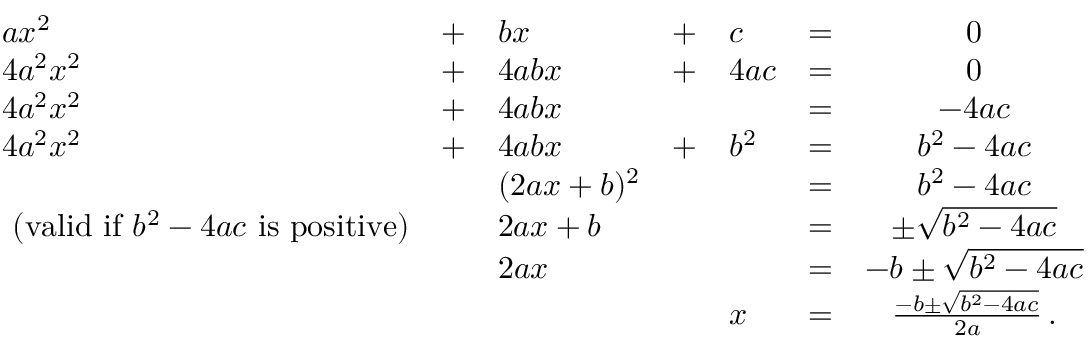
{ \begin{array} { l l l l l l c } { a x ^ { 2 } } & { + } & { b x } & { + } & { c } & { = } & { 0 } \\ { 4 a ^ { 2 } x ^ { 2 } } & { + } & { 4 a b x } & { + } & { 4 a c } & { = } & { 0 } \\ { 4 a ^ { 2 } x ^ { 2 } } & { + } & { 4 a b x } & & & { = } & { - 4 a c } \\ { 4 a ^ { 2 } x ^ { 2 } } & { + } & { 4 a b x } & { + } & { b ^ { 2 } } & { = } & { b ^ { 2 } - 4 a c } \\ & & { ( 2 a x + b ) ^ { 2 } } & & & { = } & { b ^ { 2 } - 4 a c } \\ { { \mathrm { ~ ( v a l i d ~ i f ~ } } b ^ { 2 } - 4 a c { \mathrm { ~ i s ~ p o s i t i v e ) } } } & & { 2 a x + b } & & & { = } & { \pm { \sqrt { b ^ { 2 } - 4 a c } } } \\ & & { 2 a x } & & & { = } & { - b \pm { \sqrt { b ^ { 2 } - 4 a c } } } \\ & & & & { x } & { = } & { { \frac { - b \pm { \sqrt { b ^ { 2 } - 4 a c } } } { 2 a } } \, . } \\ { \, } \end{array} }